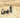
أين